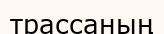
трассаның